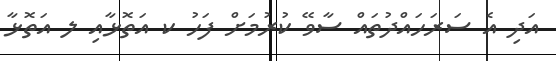
އަދި އެ ސަރަހައްދުތައް ސާވޭ ކުރުމަށް ފަހު ކ އަތޮޅާއި ލ އަތޮޅާ